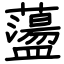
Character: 蘯